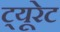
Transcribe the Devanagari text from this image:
ट्यूरेट